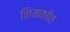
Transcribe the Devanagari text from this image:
निमकॉफ